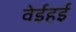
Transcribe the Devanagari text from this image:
वेईहई